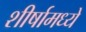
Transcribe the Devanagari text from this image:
शीर्षामध्ये